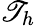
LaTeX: \mathscr{T}_{h}